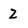
Character: 2